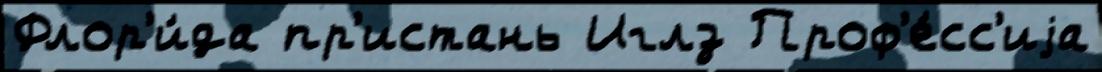
Флор'и́да пр'истань Иглз Проф'е́сс'иjа